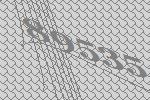
89535